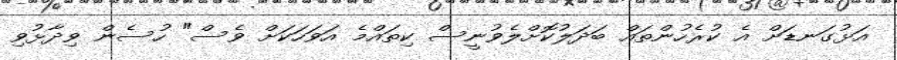
އަޅުގަނޑަށް އެ ކުރެހުންތައް ބަދަލުކޮށްލެވުނީސް ކިތައްމެ އަވަހަކަށް ވެސް" ހުސެން ވިދާޅުވި